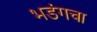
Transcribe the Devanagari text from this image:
भडंगचा